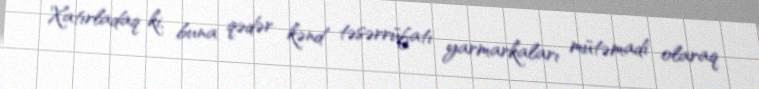
Xatırladaq ki, buna qədər kənd təsərrüfatı yarmarkaları mütəmadi olaraq